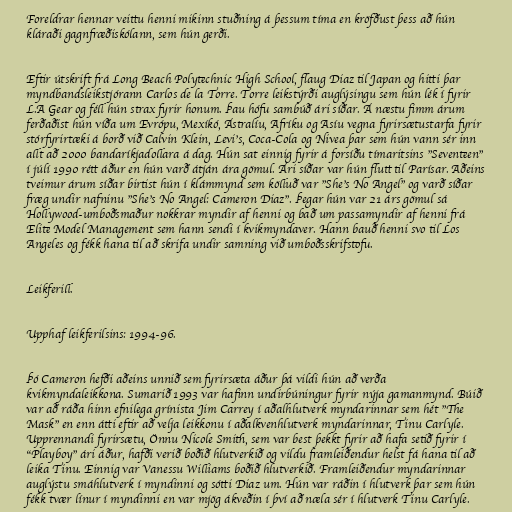
Foreldrar hennar veittu henni mikinn stuðning á þessum tíma en kröfðust þess að hún
kláraði gagnfræðiskólann, sem hún gerði.

Eftir útskrift frá Long Beach Polytechnic High School, flaug Diaz til Japan og hitti þar
myndbandsleikstjórann Carlos de la Torre. Torre leikstýrði auglýsingu sem hún lék í fyrir
L.A Gear og féll hún strax fyrir honum. Þau hófu sambúð ári síðar. Á næstu fimm árum
ferðaðist hún víða um Evrópu, Mexíkó, Ástralíu, Afríku og Asíu vegna fyrirsætustarfa fyrir
stórfyrirtæki á borð við Calvin Klein, Levi's, Coca-Cola og Nivea þar sem hún vann sér inn
allt að 2000 bandaríkjadollara á dag. Hún sat einnig fyrir á forsíðu tímaritsins "Seventeen"
í júlí 1990 rétt áður en hún varð átján ára gömul. Ári síðar var hún flutt til Parísar. Aðeins
tveimur árum síðar birtist hún í klámmynd sem kölluð var "She's No Angel" og varð síðar
fræg undir nafninu "She's No Angel: Cameron Diaz". Þegar hún var 21 árs gömul sá
Hollywood-umboðsmaður nokkrar myndir af henni og bað um passamyndir af henni frá
Elite Model Management sem hann sendi í kvikmyndaver. Hann bauð henni svo til Los
Angeles og fékk hana til að skrifa undir samning við umboðsskrifstofu.

Leikferill.

Upphaf leikferilsins: 1994-96.

Þó Cameron hefði aðeins unnið sem fyrirsæta áður þá vildi hún að verða
kvikmyndaleikkona. Sumarið 1993 var hafinn undirbúningur fyrir nýja gamanmynd. Búið
var að ráða hinn efnilega grínista Jim Carrey í aðalhlutverk myndarinnar sem hét "The
Mask" en enn átti eftir að velja leikkonu í aðalkvenhlutverk myndarinnar, Tinu Carlyle.
Upprennandi fyrirsætu, Önnu Nicole Smith, sem var best þekkt fyrir að hafa setið fyrir í
"Playboy" ári áður, hafði verið boðið hlutverkið og vildu framleiðendur helst fá hana til að
leika Tinu. Einnig var Vanessu Williams boðið hlutverkið. Framleiðendur myndarinnar
auglýstu smáhlutverk í myndinni og sótti Diaz um. Hún var ráðin í hlutverk þar sem hún
fékk tvær línur í myndinni en var mjög ákveðin í því að næla sér í hlutverk Tinu Carlyle.